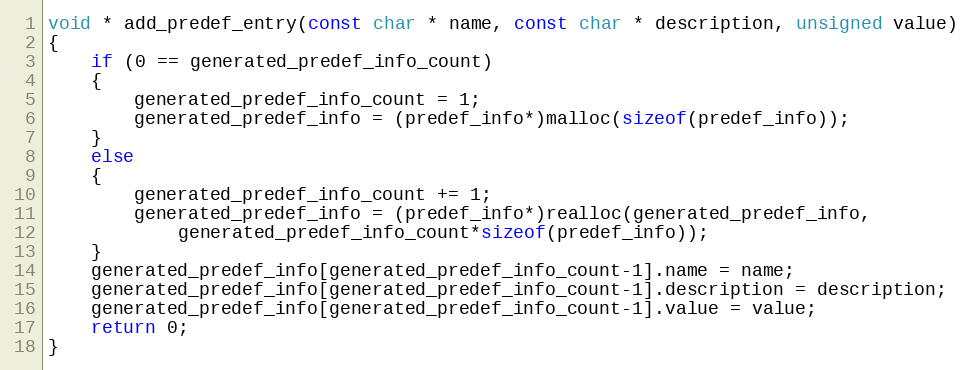
Language: C
void * add_predef_entry(const char * name, const char * description, unsigned value)
{
    if (0 == generated_predef_info_count)
    {
        generated_predef_info_count = 1;
        generated_predef_info = (predef_info*)malloc(sizeof(predef_info));
    }
    else
    {
        generated_predef_info_count += 1;
        generated_predef_info = (predef_info*)realloc(generated_predef_info,
            generated_predef_info_count*sizeof(predef_info));
    }
    generated_predef_info[generated_predef_info_count-1].name = name;
    generated_predef_info[generated_predef_info_count-1].description = description;
    generated_predef_info[generated_predef_info_count-1].value = value;
    return 0;
}